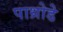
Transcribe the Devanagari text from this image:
पाथ्रोडे